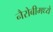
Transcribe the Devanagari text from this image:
नैरोबीमध्ये